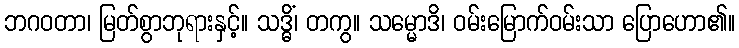
ဘဂဝတာ၊ မြတ်စွာဘုရားနှင့်။ သဒ္ဓိံ၊ တကွ။ သမ္မောဒိ၊ ဝမ်းမြောက်ဝမ်းသာ ပြောဟော၏။